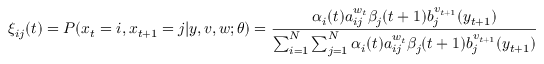
\xi _ { i j } ( t ) = P ( x _ { t } = i , x _ { t + 1 } = j | y , v , w ; \theta ) = { \frac { \alpha _ { i } ( t ) a _ { i j } ^ { w _ { t } } \beta _ { j } ( t + 1 ) b _ { j } ^ { v _ { t + 1 } } ( y _ { t + 1 } ) } { \sum _ { i = 1 } ^ { N } \sum _ { j = 1 } ^ { N } \alpha _ { i } ( t ) a _ { i j } ^ { w _ { t } } \beta _ { j } ( t + 1 ) b _ { j } ^ { v _ { t + 1 } } ( y _ { t + 1 } ) } }